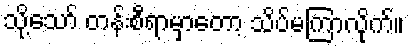
သို့သော် တန်းစီရာမှာတော့ သိပ်မကြာလိုက်။